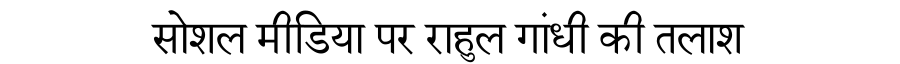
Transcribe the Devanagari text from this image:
सोशल मीडिया पर राहुल गांधी की तलाश